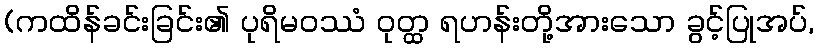
(ကထိန်ခင်းခြင်း၏ ပုရိမဝဿံ ဝုတ္ထ ရဟန်းတို့အားသော ခွင့်ပြုအပ်,